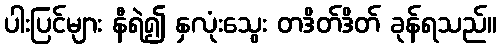
ပါးပြင်များ နီရဲ၍ နှလုံးသွေး တဒိတ်ဒိတ် ခုန်ရသည်။